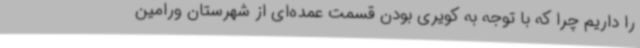
را داریم چرا که با توجه به کویری بودن قسمت عمده‌ای از شهرستان ورامین